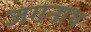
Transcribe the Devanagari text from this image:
जगनाथ